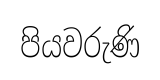
පියවරුණි